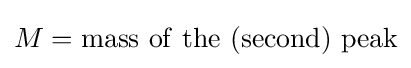
M=\mathrm {mass\ of\ the\ (second)\ peak}